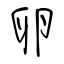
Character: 卵